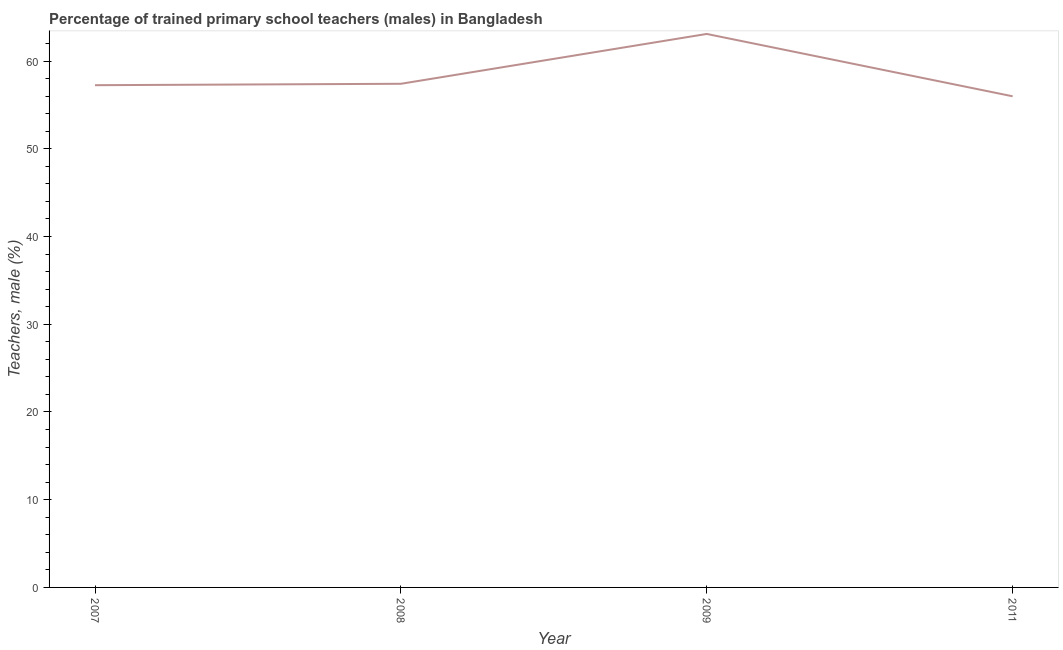
| Year | Trained teachers male |
 | --- | --- |
 | 2007 | 57.2 |
 | 2008 | 57.4 |
 | 2009 | 63.1 |
 | 2011 | 56 |